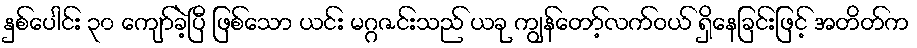
နှစ်ပေါင်း ၃၀ ကျော်ခဲ့ပြီ ဖြစ်သော ယင်း မဂ္ဂဇင်းသည် ယခု ကျွန်တော့်လက်ဝယ် ရှိနေခြင်းဖြင့် အတိတ်က